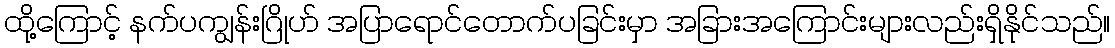
ထို့ကြောင့် နက်ပကျွန်းဂြိုဟ် အပြာရောင်တောက်ပခြင်းမှာ အခြားအကြောင်းများလည်းရှိနိုင်သည်။